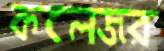
কলেজর